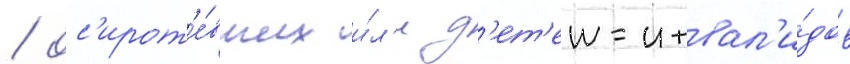
/ ос'ирот'е́вших и́л'и д'ет'еи-инвал'и́дов